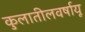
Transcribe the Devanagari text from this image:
कुलातीलवर्षायू